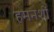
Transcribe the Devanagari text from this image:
हमनशीं